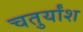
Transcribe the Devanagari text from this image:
चतुर्यांश